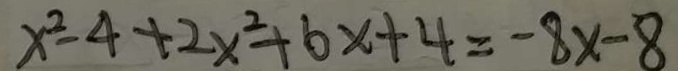
x ^ { 2 } - 4 + 2 x ^ { 2 } + 6 x + 4 = - 8 x - 8